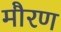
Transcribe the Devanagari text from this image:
मौरण